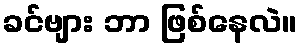
ခင်ဗျား ဘာ ဖြစ်နေလဲ။